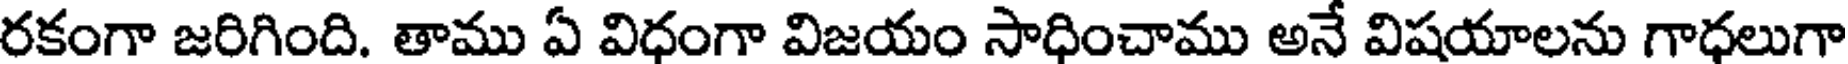
రకంగా జరిగింది. తాము ఏ విధంగా విజయం సాధించాము అనే విషయాలను గాధలుగా